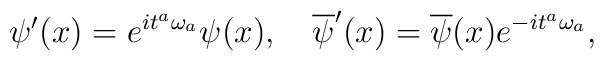
{\psi}'(x)=e^{i{t}^a{\omega}_a}{\psi}(x),\ \ \  \overline{\psi}'(x)=\overline{\psi}(x)e^{-i{t}^a{\omega}_a},